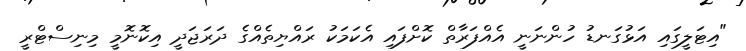
"އިޓަލީގައި އަޅުގަނޑު ހުންނަނީ އެއްފަރާތް ކޮށްފައި އެކަމަކު ރައްޔިތެއްގެ ދަރަޖަދީ އިކޮނޮމީ މިނިސްޓްރީ